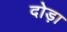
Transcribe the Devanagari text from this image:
दोड़ा